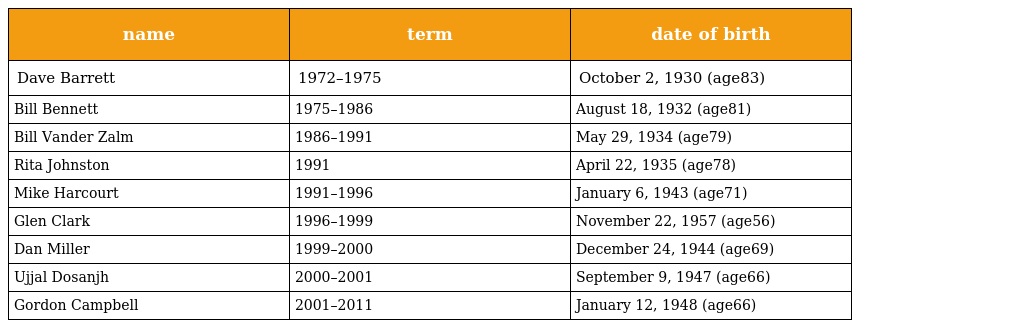
| name | term | date of birth |
 | --- | --- | --- |
 | Dave Barrett | 1972–1975 | October 2, 1930 (age83) |
 | Bill Bennett | 1975–1986 | August 18, 1932 (age81) |
 | Bill Vander Zalm | 1986–1991 | May 29, 1934 (age79) |
 | Rita Johnston | 1991 | April 22, 1935 (age78) |
 | Mike Harcourt | 1991–1996 | January 6, 1943 (age71) |
 | Glen Clark | 1996–1999 | November 22, 1957 (age56) |
 | Dan Miller | 1999–2000 | December 24, 1944 (age69) |
 | Ujjal Dosanjh | 2000–2001 | September 9, 1947 (age66) |
 | Gordon Campbell | 2001–2011 | January 12, 1948 (age66) |